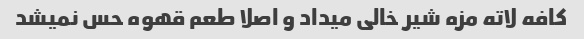
کافه لاته مزه شیر خالی میداد و اصلا طعم قهوه حس نمیشد